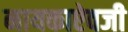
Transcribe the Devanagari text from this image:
नायकाऐवजी